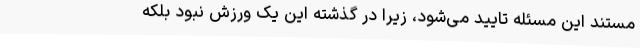
مستند این مسئله تایید می‌شود، زیرا در گذشته این یک ورزش نبود بلکه